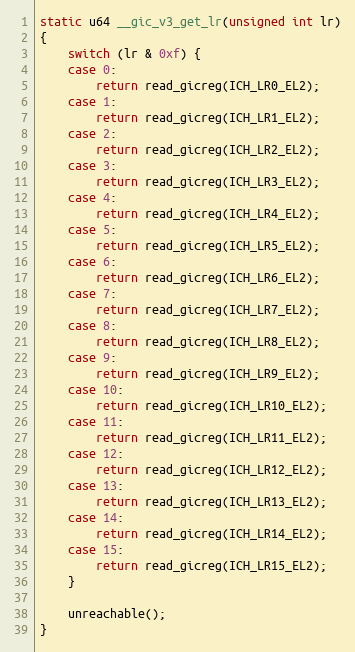
Language: C
static u64 __gic_v3_get_lr(unsigned int lr)
{
	switch (lr & 0xf) {
	case 0:
		return read_gicreg(ICH_LR0_EL2);
	case 1:
		return read_gicreg(ICH_LR1_EL2);
	case 2:
		return read_gicreg(ICH_LR2_EL2);
	case 3:
		return read_gicreg(ICH_LR3_EL2);
	case 4:
		return read_gicreg(ICH_LR4_EL2);
	case 5:
		return read_gicreg(ICH_LR5_EL2);
	case 6:
		return read_gicreg(ICH_LR6_EL2);
	case 7:
		return read_gicreg(ICH_LR7_EL2);
	case 8:
		return read_gicreg(ICH_LR8_EL2);
	case 9:
		return read_gicreg(ICH_LR9_EL2);
	case 10:
		return read_gicreg(ICH_LR10_EL2);
	case 11:
		return read_gicreg(ICH_LR11_EL2);
	case 12:
		return read_gicreg(ICH_LR12_EL2);
	case 13:
		return read_gicreg(ICH_LR13_EL2);
	case 14:
		return read_gicreg(ICH_LR14_EL2);
	case 15:
		return read_gicreg(ICH_LR15_EL2);
	}

	unreachable();
}